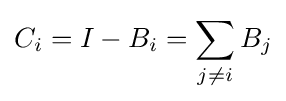
C_{i}=I-B_{i}=\sum _{j\neq i}B_{j}